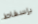
بإسقاط